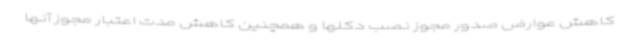
کاهش عوارض صدور مجوز نصب دکلها و همچنین کاهش مدت اعتبار مجوز آنها